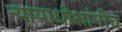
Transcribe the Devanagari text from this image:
न्यायाधीशांनीच